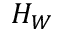
H _ { W }